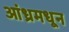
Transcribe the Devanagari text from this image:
आंध्रमधून